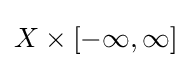
X\times [-\infty ,\infty ]